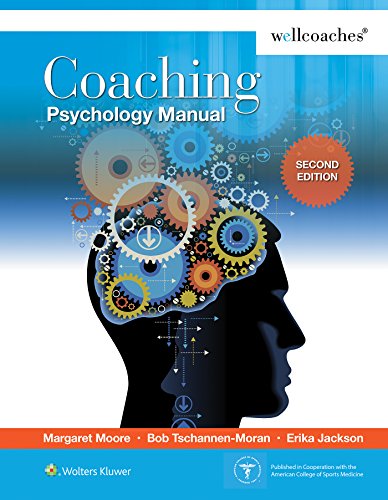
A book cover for Coaching Psychology Manual; Margaret Moore; Medical Books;